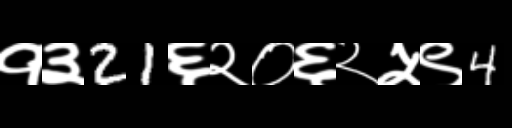
Text: १३21६२०६२५९4